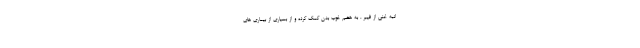
انبه غنی از فیبر ، به هضم خوب بدن کمک کرده و از بسیاری از بیماری های